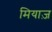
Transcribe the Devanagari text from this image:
मियाज़